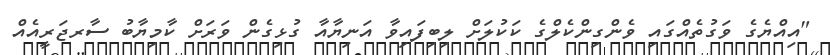
"އިއްޔެގެ ވަގުތެއްގައި ވެންގިންކެލްގެ ކަކުލަށް ލިބިފައިވާ އަނިޔާއާ ގުޅިގެން ވަރަށް ކާމިޔާބު ސާރޖަރީއެއް